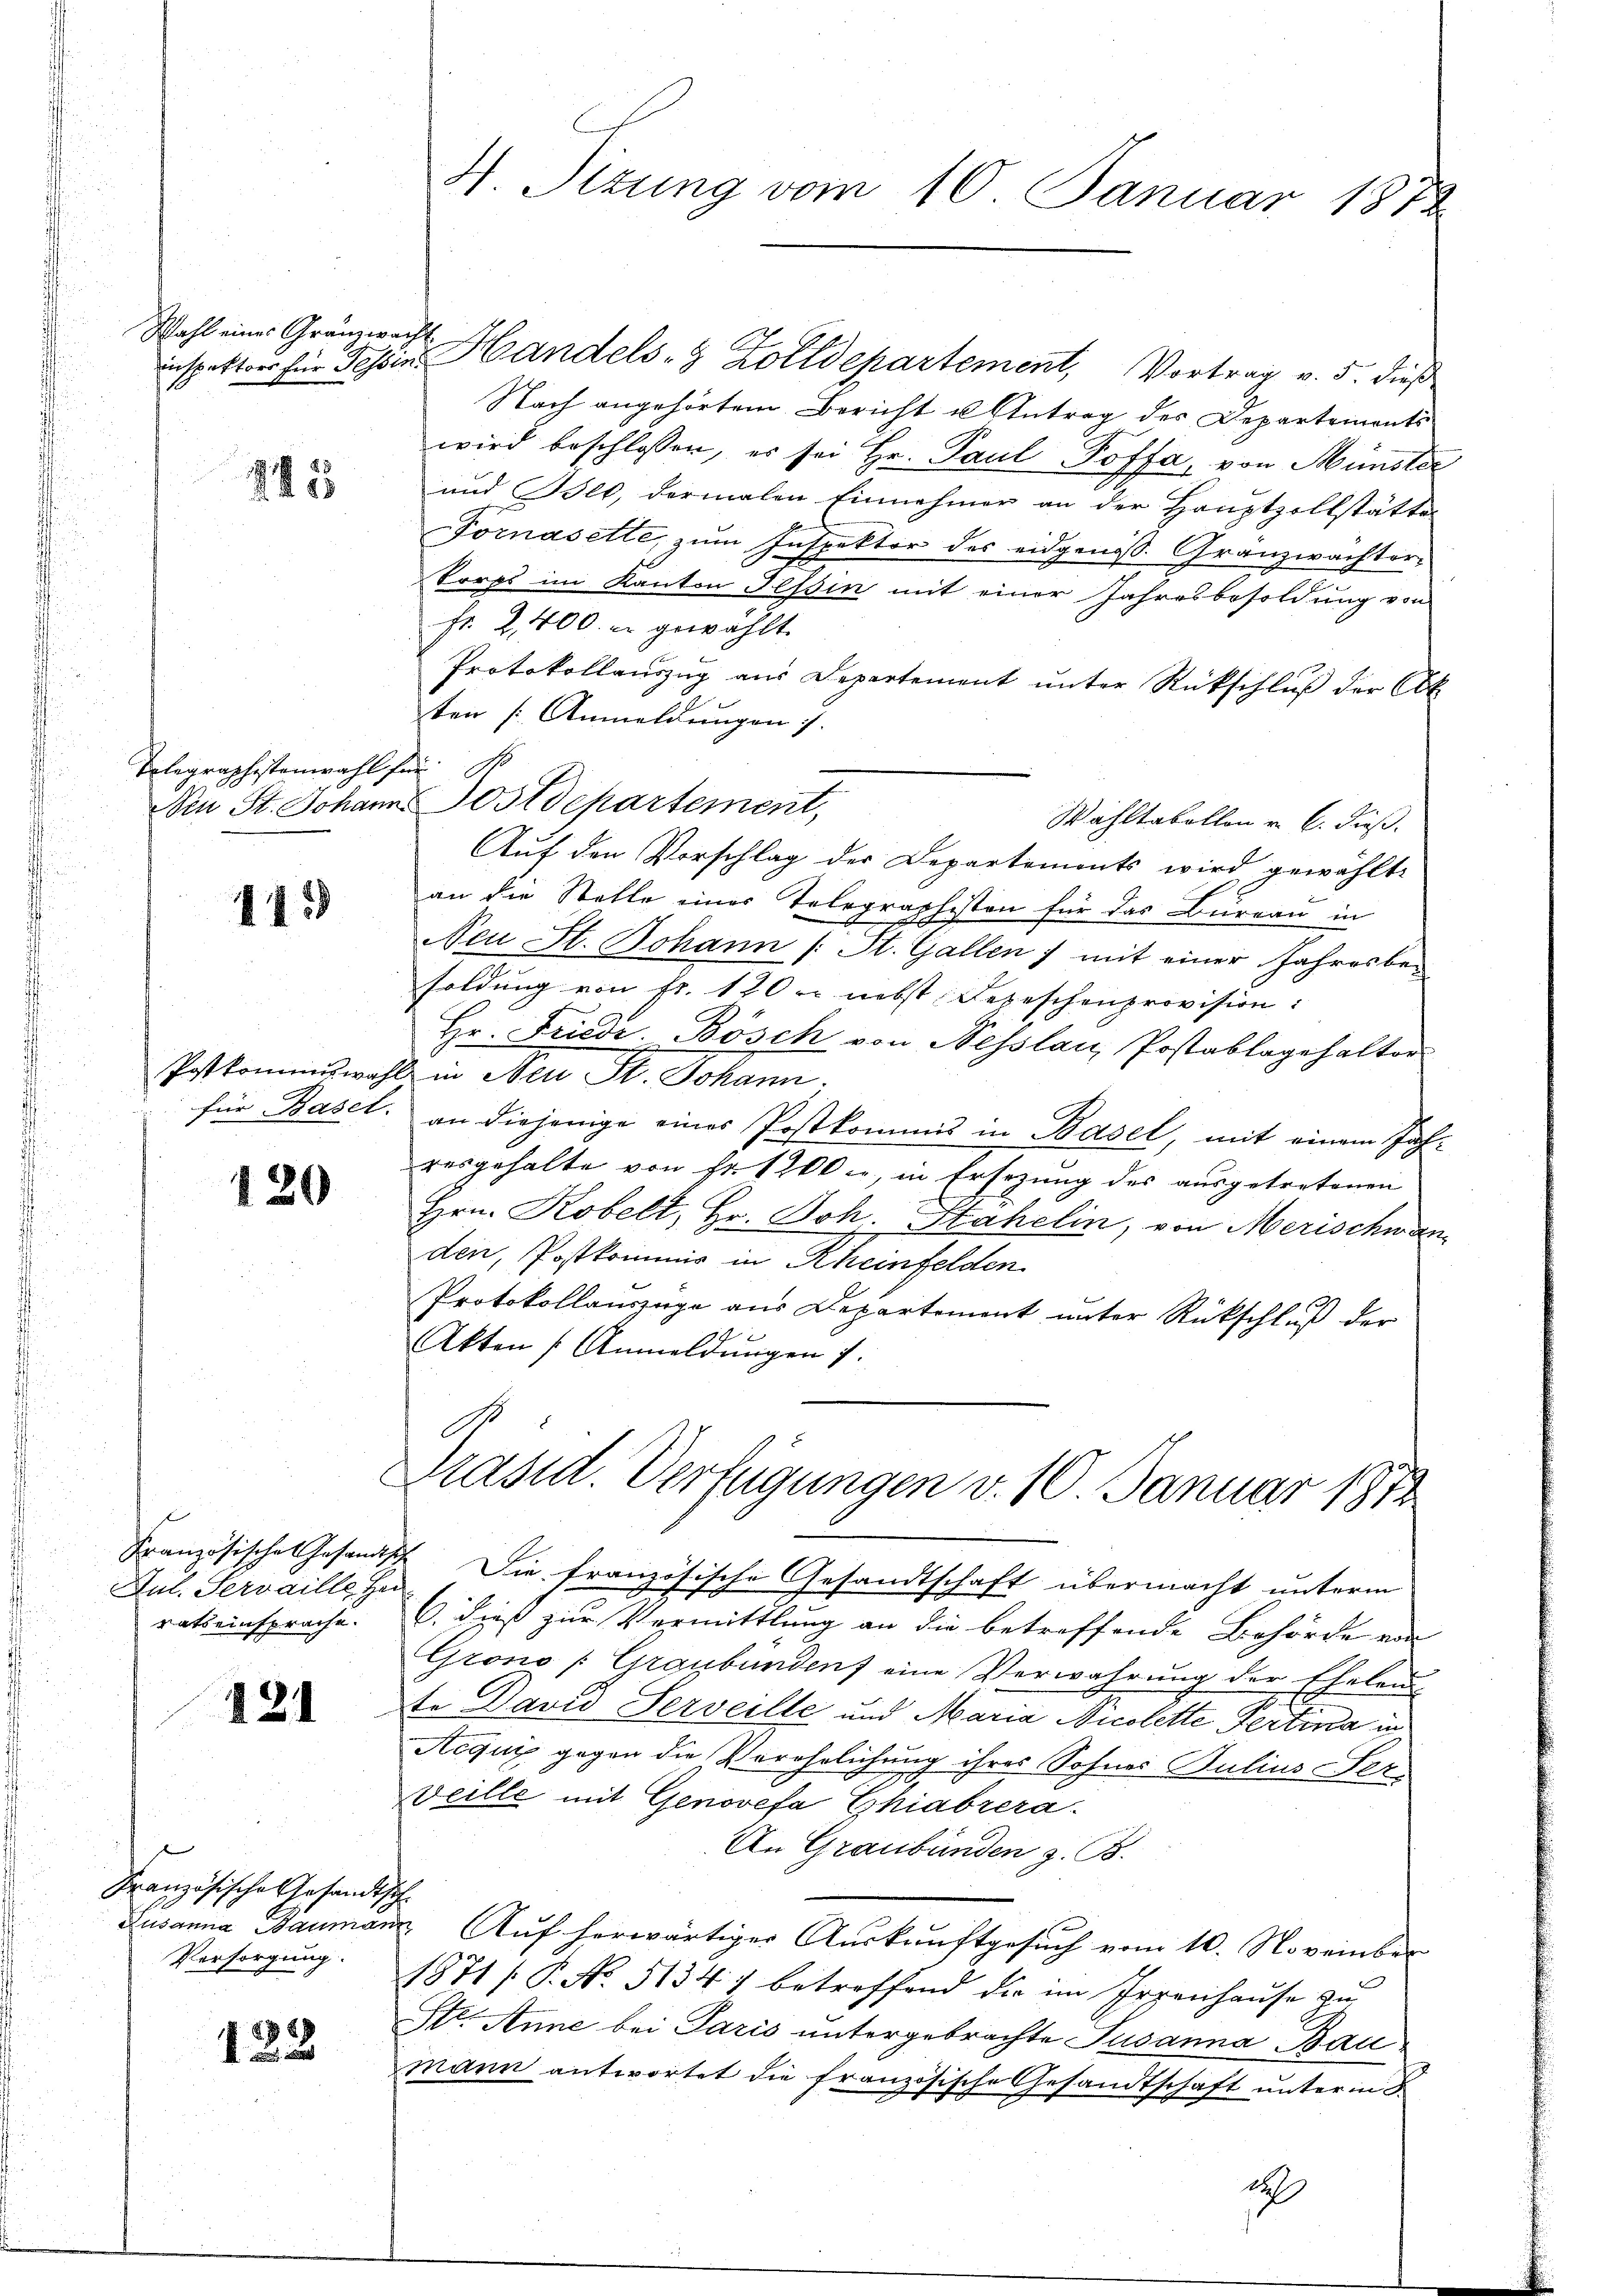
Wahl eines Granzwacht

245

Telegraphistenwahl fü

145

PPostkommiswahl
für Basel.

120

Französisches Gesandts
Jul. Servaille Her
rats einsprache.

121

Französische Gesandt,
Lusanna Bauman
Versorgung.

123

H. Sizung vom 10. Januar 1872

inspetter für Fessen Handels- & Zolldepartement, Vortrag v. 5. dieß
Nach angehörtem Bericht u Antrag des Departements
wird beschlossen, es sei Hr. Paul Poffa, von Münster
und Blo, dermalen Einnehmer an der Hauptzollstätte
Fornasette, zum Inspektor des eidgenöss. Granzwächterkorps im Kanton Tessin mit einer Jahresbesoldung von
fr. 2,400. u gewählt.
Protokollauszug aus Departement unter Rückschluß der Abt
ten (Anmeldungen 7.
n
Nen St. Johann Postdepartement,
Wahltabollon u. 6. dieß.
Auf den Vorschlag der Departements wird gewählte
an die Stelle einer Telegraphisten für das Bureau in
Neu St. Johann (: St. Gallen) mit einer Jahresbesoldung von fr. 120 nebst Depeschenprovision:
Hr. Friedr. Bösch von Nesslau, Postablagehalter
& in Neu St. Johann.
an diejenige eines Postkommis in Basel, mit einem Jahresgehalte von Fr. 1200. in Ersezung des ausgetretenen
Hrn. Kobelt, Hr. Joh. Stahelin, von Merischwanden, Postkommis in Rheinfelden
Protokollauszuge aus Departement unter Rückschluß der
Akten (Anmeldungen 7.

Die französische Gesandtschaft übermacht unterm
6. dieß zur Vermittlung an die betreffende Behörde von
Grono (Graubünden) eine Verwahrung der Eheleu
te David Serveille und Maria Nicolette Pertina in
Acquis gegen die Verehrlichung ihres Sohnes Julius Ser¬
Veille mit Genovefa Chiabrera.
An Graubünden z. B.
d
 Auf herwärtiger Auskunftgesuch vom 10. November
1871 / P. No. 5134) betreffend die im Irrenhause zu
Str. Anne bei Paris untergebrachte Susanna Baumann antwortet die französische Gesandtschaft unterm 8.

A
Präsid. Verfügungen v. 10 Januar 1872

d